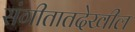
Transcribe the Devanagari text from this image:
संगीतातदेखील